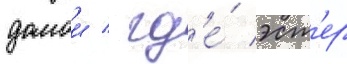
домои / гд'е́ эст'ер